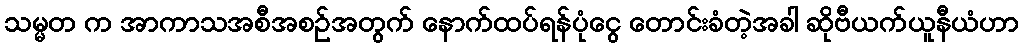
သမ္မတ က အာကာသအစီအစဉ်အတွက် နောက်ထပ်ရန်ပုံငွေ တောင်းခံတဲ့အခါ ဆိုဗီယက်ယူနီယံဟာ